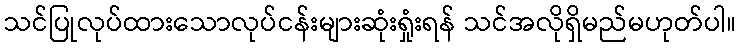
သင်ပြုလုပ်ထားသောလုပ်ငန်းများဆုံးရှုံးရန် သင်အလိုရှိမည်မဟုတ်ပါ။